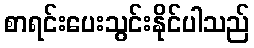
စာရင်းပေးသွင်းနိုင်ပါသည်